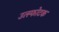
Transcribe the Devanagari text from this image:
उत्स्फोटक